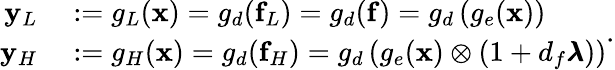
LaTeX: \begin{array}{rl}{\mathbf{y}_{L}}&{{}:=g_{L}(\mathbf{x})=g_{d}(\mathbf{f}_{L})=g_{d}(\mathbf{f})=g_{d}\left(g_{e}(\mathbf{x})\right)}\\ {\mathbf{y}_{H}}&{{}:=g_{H}(\mathbf{x})=g_{d}(\mathbf{f}_{H})=g_{d}\left(g_{e}(\mathbf{x})\otimes\left(1+d_{f}\pmb{\lambda}\right)\right)}\end{array}.